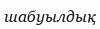
шабуылдық